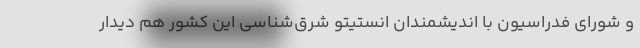
و شورای فدراسیون با اندیشمندان انستیتو شرق‌شناسی این کشور هم دیدار